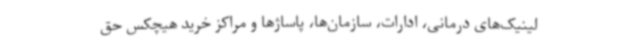
لینیک‌های درمانی، ادارات، سازمان‌ها، پاساژها و مراکز خرید هیچکس حق